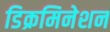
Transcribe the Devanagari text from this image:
डिक्रमिनेशन